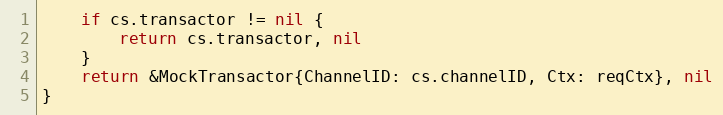
Language: Go
	if cs.transactor != nil {
		return cs.transactor, nil
	}
	return &MockTransactor{ChannelID: cs.channelID, Ctx: reqCtx}, nil
}